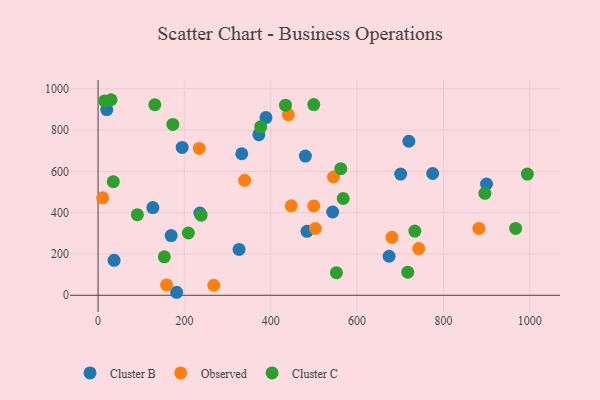
{"axis": {"x": "Engine Size", "y": "Rating"}, "legend": ["Cluster B", "Cluster C", "Observed"], "data": [{"x": "775.1", "y": 589.6, "type": "Cluster B"}, {"x": "543.4", "y": 403.2, "type": "Cluster B"}, {"x": "37.1", "y": 169.2, "type": "Cluster B"}, {"x": "326.6", "y": 221.9, "type": "Cluster B"}, {"x": "899.8", "y": 538.9, "type": "Cluster B"}, {"x": "194.8", "y": 716.0, "type": "Cluster B"}, {"x": "700.9", "y": 586.7, "type": "Cluster B"}, {"x": "674.1", "y": 188.9, "type": "Cluster B"}, {"x": "332.8", "y": 685.2, "type": "Cluster B"}, {"x": "483.9", "y": 309.7, "type": "Cluster B"}, {"x": "388.9", "y": 860.3, "type": "Cluster B"}, {"x": "20.2", "y": 899.3, "type": "Cluster B"}, {"x": "169.3", "y": 289.0, "type": "Cluster B"}, {"x": "126.9", "y": 424.5, "type": "Cluster B"}, {"x": "182.0", "y": 14.5, "type": "Cluster B"}, {"x": "480.2", "y": 674.1, "type": "Cluster B"}, {"x": "372.5", "y": 777.9, "type": "Cluster B"}, {"x": "235.8", "y": 397.9, "type": "Cluster B"}, {"x": "719.9", "y": 745.9, "type": "Cluster B"}, {"x": "447.5", "y": 433.3, "type": "Observed"}, {"x": "268.1", "y": 48.5, "type": "Observed"}, {"x": "440.7", "y": 874.4, "type": "Observed"}, {"x": "742.8", "y": 226.3, "type": "Observed"}, {"x": "545.3", "y": 572.7, "type": "Observed"}, {"x": "882.1", "y": 323.5, "type": "Observed"}, {"x": "234.4", "y": 711.3, "type": "Observed"}, {"x": "680.7", "y": 280.6, "type": "Observed"}, {"x": "10.6", "y": 472.0, "type": "Observed"}, {"x": "499.6", "y": 432.8, "type": "Observed"}, {"x": "339.5", "y": 556.5, "type": "Observed"}, {"x": "503.5", "y": 323.3, "type": "Observed"}, {"x": "158.7", "y": 50.1, "type": "Observed"}, {"x": "131.5", "y": 923.0, "type": "Cluster C"}, {"x": "15.2", "y": 941.3, "type": "Cluster C"}, {"x": "153.5", "y": 186.1, "type": "Cluster C"}, {"x": "967.2", "y": 323.8, "type": "Cluster C"}, {"x": "91.0", "y": 390.3, "type": "Cluster C"}, {"x": "35.3", "y": 550.1, "type": "Cluster C"}, {"x": "552.1", "y": 109.3, "type": "Cluster C"}, {"x": "30.0", "y": 946.9, "type": "Cluster C"}, {"x": "733.7", "y": 310.9, "type": "Cluster C"}, {"x": "238.7", "y": 387.8, "type": "Cluster C"}, {"x": "209.2", "y": 301.6, "type": "Cluster C"}, {"x": "567.8", "y": 468.7, "type": "Cluster C"}, {"x": "896.0", "y": 493.7, "type": "Cluster C"}, {"x": "994.4", "y": 586.8, "type": "Cluster C"}, {"x": "562.2", "y": 613.1, "type": "Cluster C"}, {"x": "717.4", "y": 111.6, "type": "Cluster C"}, {"x": "434.2", "y": 920.7, "type": "Cluster C"}, {"x": "173.3", "y": 827.2, "type": "Cluster C"}, {"x": "499.6", "y": 923.5, "type": "Cluster C"}, {"x": "376.8", "y": 816.5, "type": "Cluster C"}]}